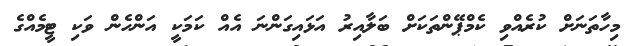
މިހާތަނަށް ކުރެއްވި ކެމްޕޭންތަކަށް ބަލާއިރު އަޅައިގަންނަ އެއް ކަމަކީ އަންހެން ވަކި ޓީމެއްގެ